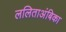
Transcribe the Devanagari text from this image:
ललिताअंबिका